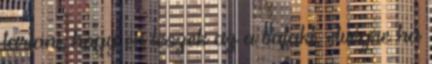
tartani, hogy én leszek az a valaki, elvégre ha